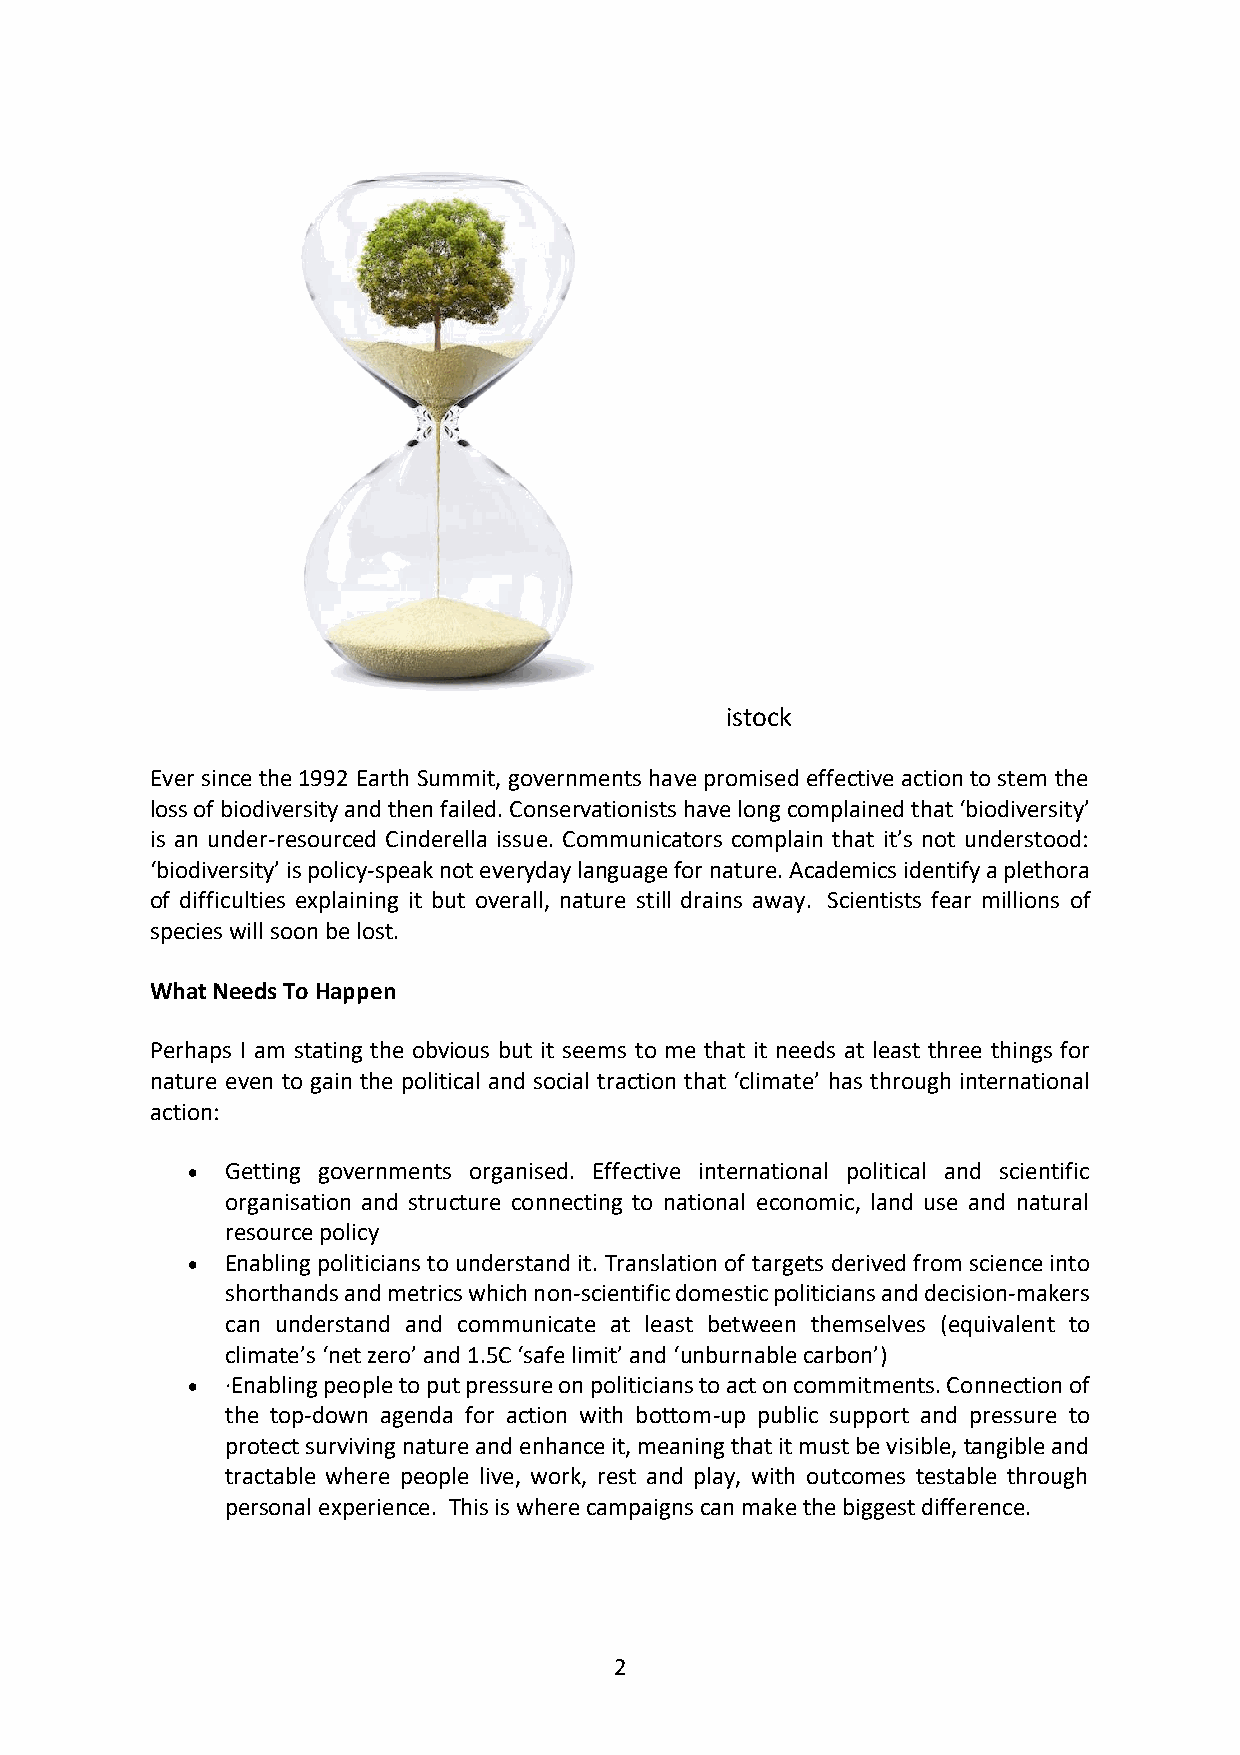
istock
 Ever since the 1992 Earth Summit, governments have promised effective action to stem the
 loss of biodiversity and then failed. Conservationists have long complained that ‘biodiversity’
 is an under-resourced Cinderella issue. Communicators complain that it’s not understood:
 ‘biodiversity’ is policy-speak not everyday language for nature. Academics identify a plethora
 of difficulties explaining it but overall, nature still drains away. Scientists fear millions of
 species will soon be lost.
 What Needs To Happen
 Perhaps I am stating the obvious but it seems to me that it needs at least three things for
 nature even to gain the political and social traction that ‘climate’ has through international
 action:
 •  Getting governments organised. Effective international political and scientific
 organisation and structure connecting to national economic, land use and natural
 resource policy
 •  Enabling politicians to understand it. Translation of targets derived from science into
 shorthands and metrics which non-scientific domestic politicians and decision-makers
 can understand and communicate at least between themselves (equivalent to
 climate’s ‘net zero’ and 1.5C ‘safe limit’ and ‘unburnable carbon’)
 •  ·Enabling people to put pressure on politicians to act on commitments. Connection of
 the top-down agenda for action with bottom-up public support and pressure to
 protect surviving nature and enhance it, meaning that it must be visible, tangible and
 tractable where people live, work, rest and play, with outcomes testable through
 personal experience. This is where campaigns can make the biggest difference.
 2